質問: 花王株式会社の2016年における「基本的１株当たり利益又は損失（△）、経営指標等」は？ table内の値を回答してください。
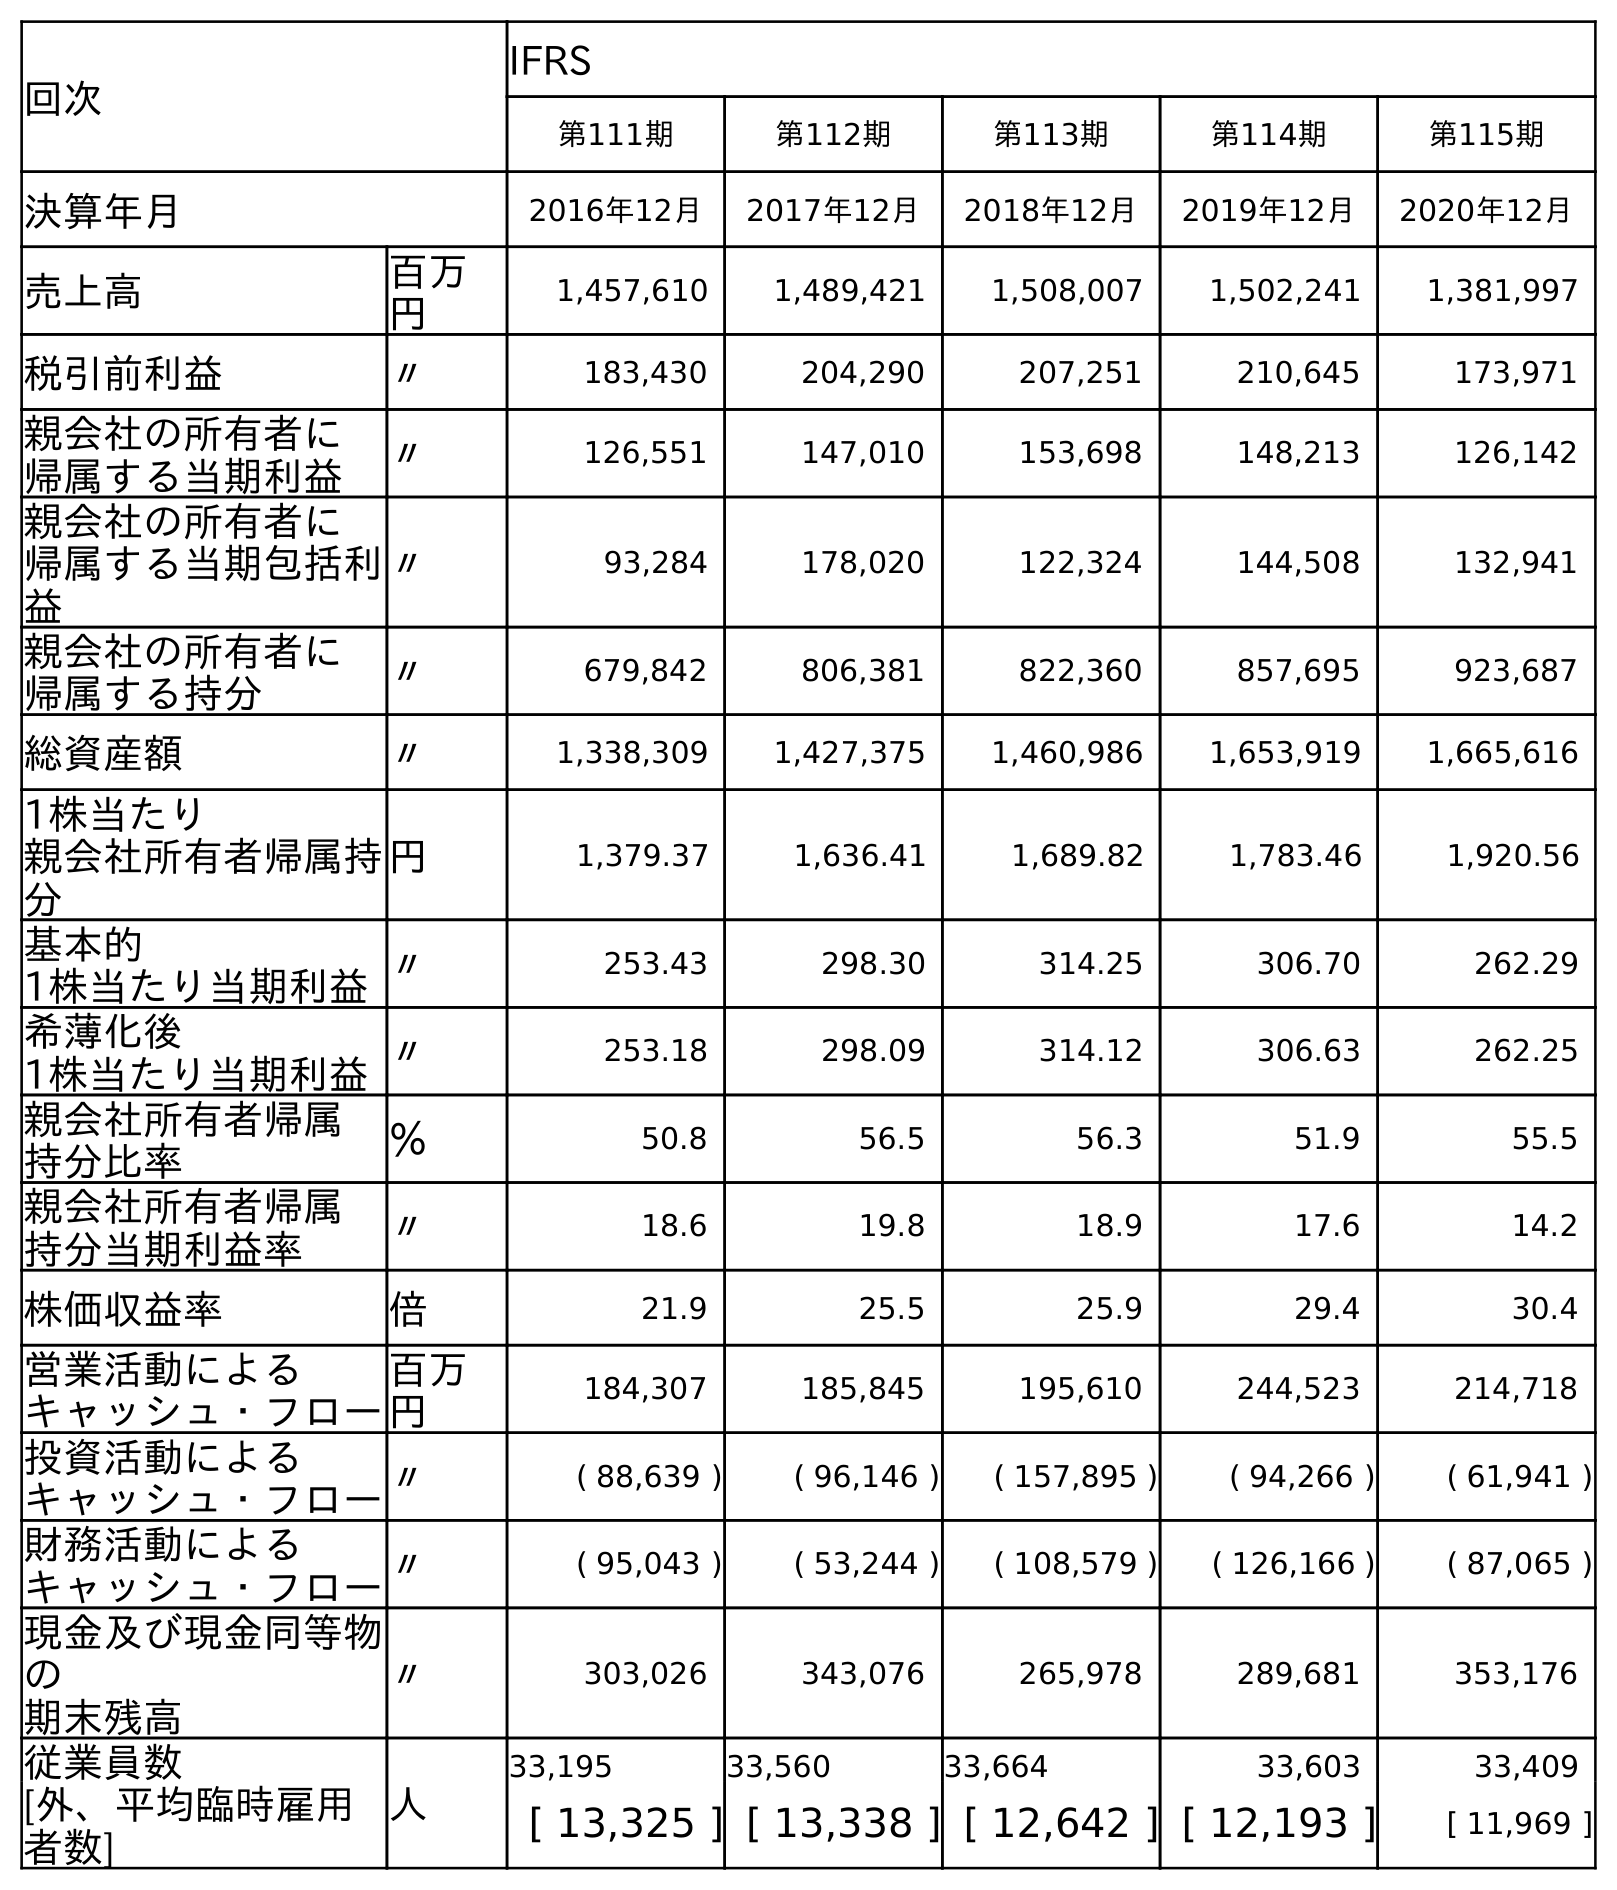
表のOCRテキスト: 回次 IFRS 第111期 第112期 第113期 第114期 第115期 決算年月 2016年12月 2017年12月 2018年12月 2019年12月 2020年12月 売上高 百万 円 1,457,610 1,489,421 1,508,007 1,502,241 1,381,997 税引前利益 〃 183,430 204,290 207,251 210,645 173,971 親会社の所有者に 帰属する当期利益 〃 126,551 147,010 153,698 148,213 126,142 親会社の所有者に 帰属する当期包括利 益 〃 93,284 178,020 122,324 144,508 132,941 親会社の所有者に 帰属する持分 〃 679,842 806,381 822,360 857,695 923,687 総資産額 〃 1,338,309 1,427,375 1,460,986 1,653,919 1,665,616 1株当たり 親会社所有者帰属持 分 円 1,379.37 1,636.41 1,689.82 1,783.46 1,920.56 基本的 1株当たり当期利益〃 253.43 298.30 314.25 306.70 262.29 希薄化後 1株当たり当期利益〃 253.18 298.09 314.12 306.63 262.25 親会社所有者帰属 持分比率 ％ 50.8 56.5 56.3 51.9 55.5 親会社所有者帰属 持分当期利益率 〃 18.6 19.8 18.9 17.6 14.2 株価収益率 倍 21.9 25.5 25.9 29.4 30.4 営業活動による キャッシュ・フロー 百万 円 184,307 185,845 195,610 244,523 214,718 投資活動による キャッシュ・フロー〃 ( 88,639 ) ( 96,146 ) ( 157,895 ) ( 94,266 ) ( 61,941 ) 財務活動による キャッシュ・フロー〃 ( 95,043 ) ( 53,244 ) ( 108,579 ) ( 126,166 ) ( 87,065 ) 現金及び現金同等物 の 期末残高 〃 303,026 343,076 265,978 289,681 353,176 従業員数 人 33,195 33,560 33,664 33,603 33,409 [外、平均臨時雇用 者数] [ 13,325 ] [ 13,338 ] [ 12,642 ] [ 12,193 ] [ 11,969 ]
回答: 253.43